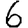
Digit: 6